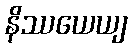
နိဿယေယျ